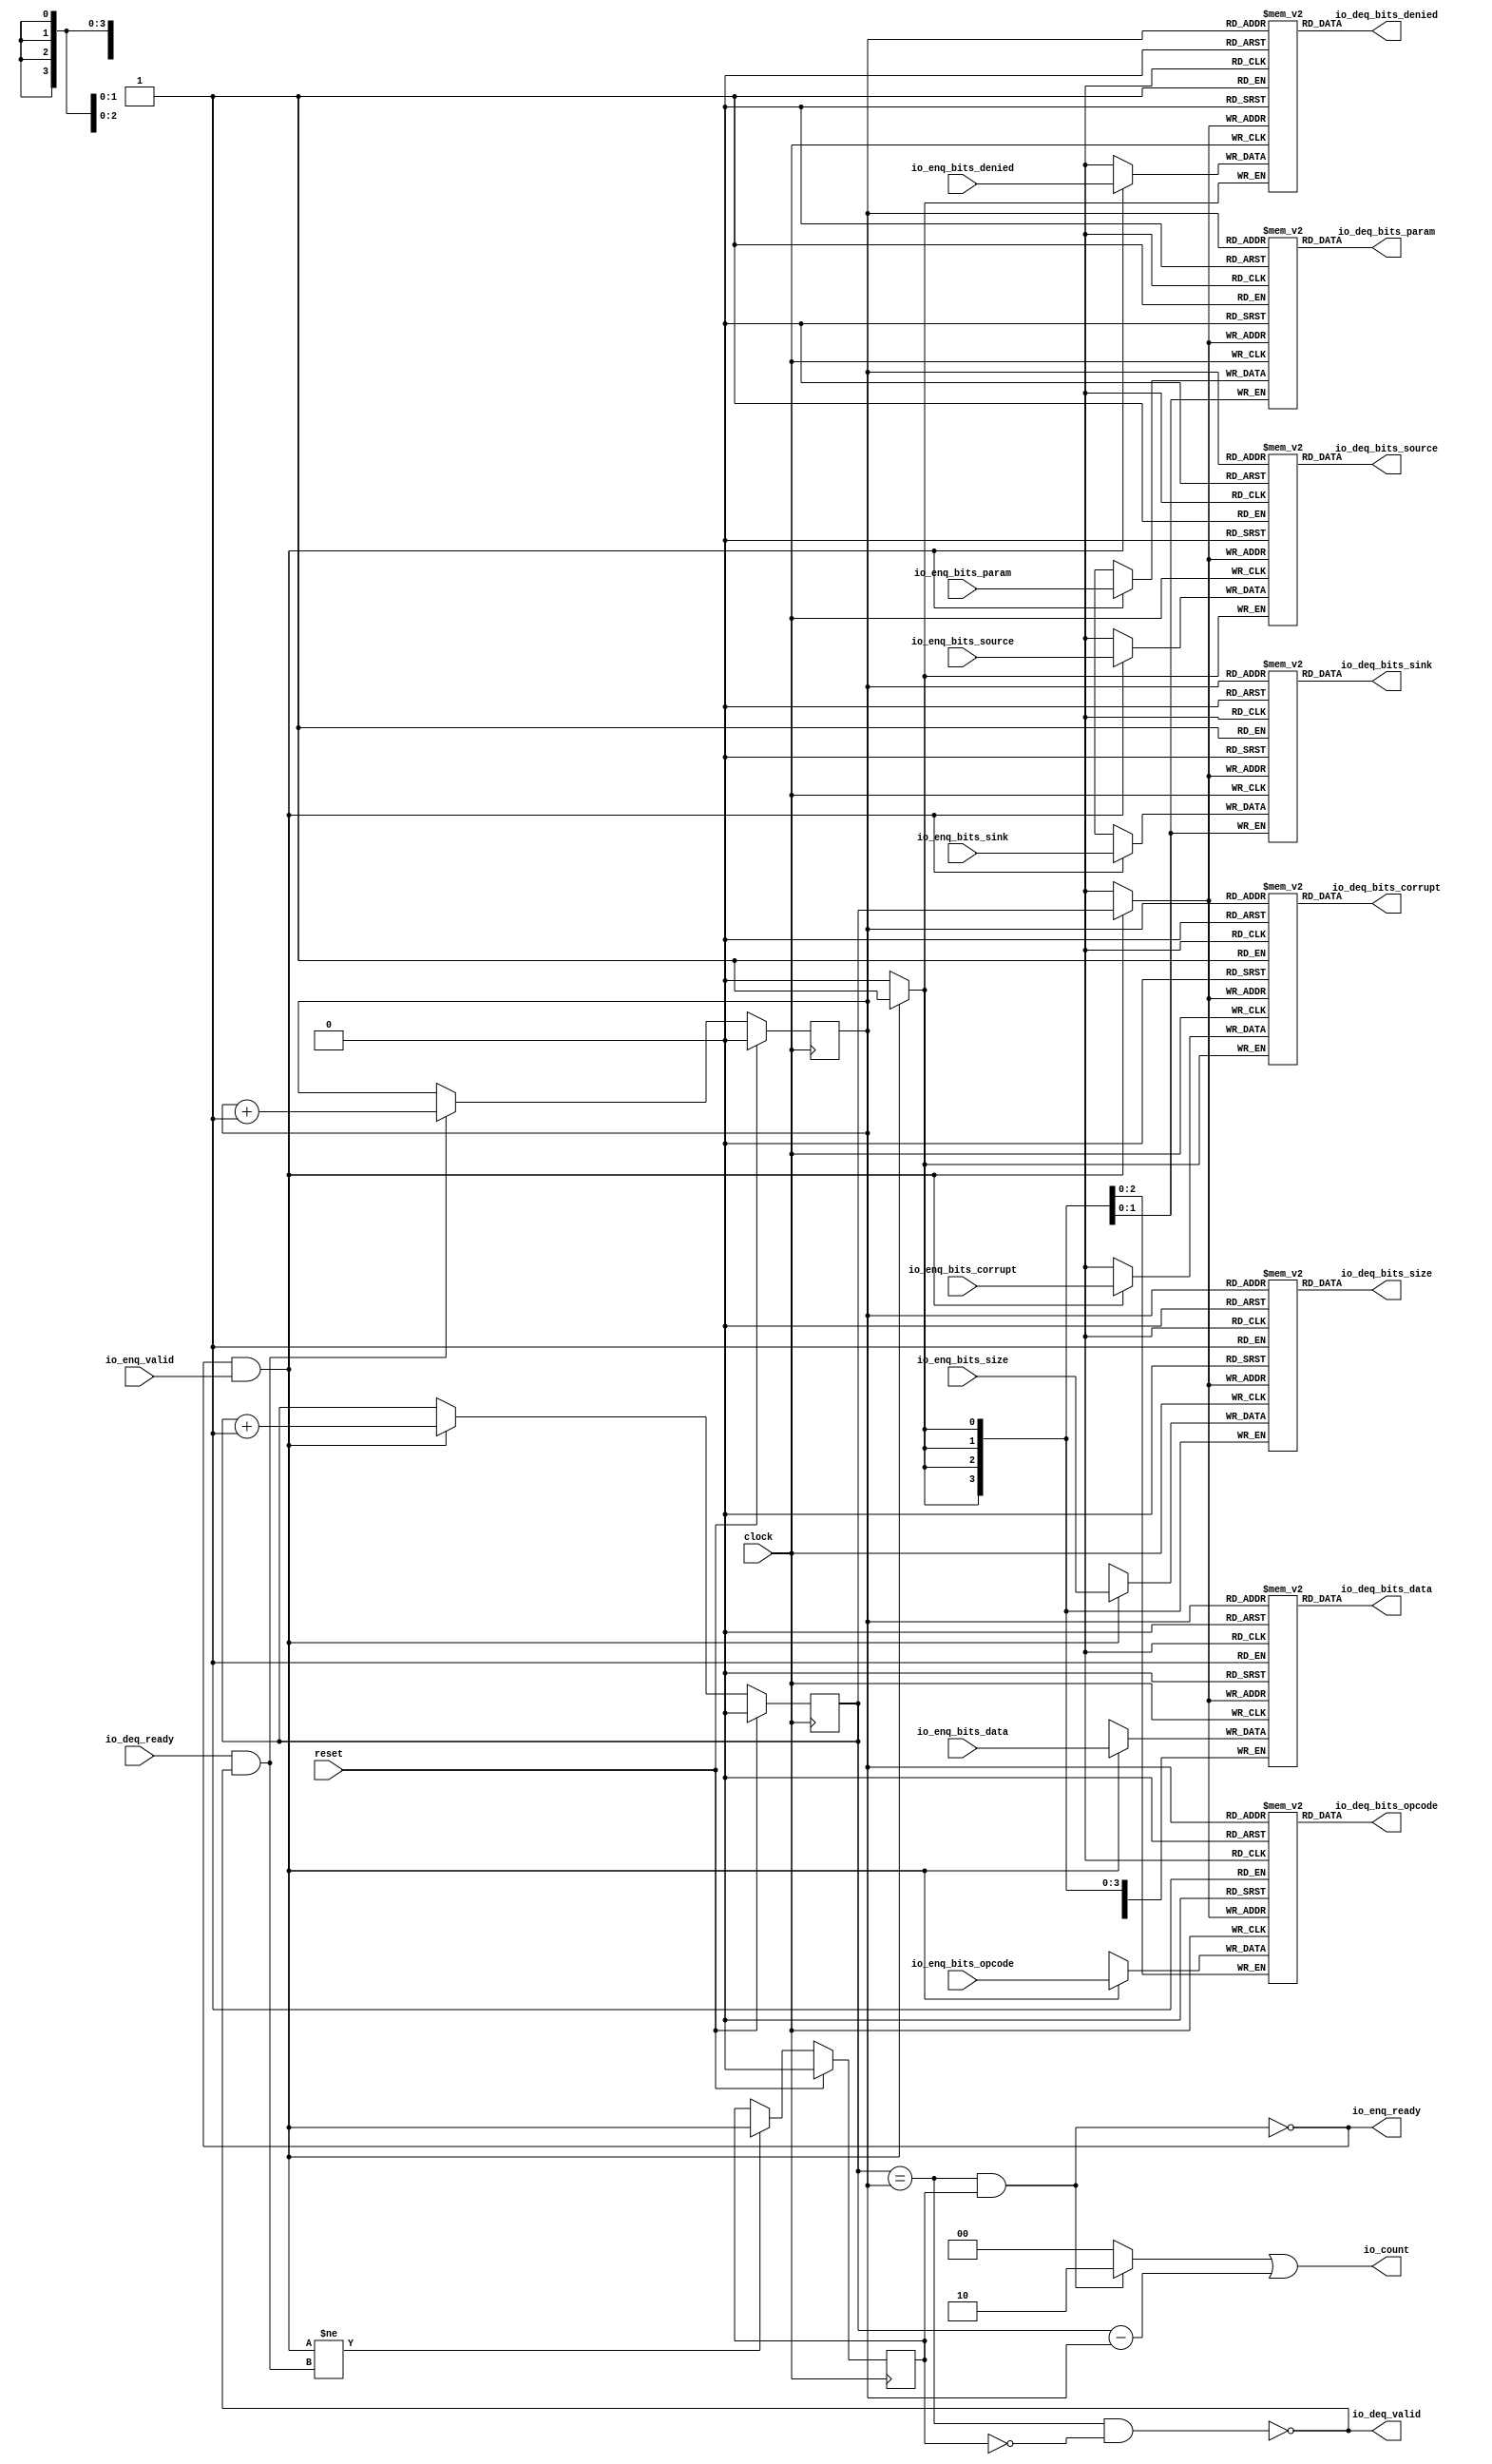
module Queue_7(
  input         clock,
  input         reset,
  output        io_enq_ready,
  input         io_enq_valid,
  input  [2:0]  io_enq_bits_opcode,
  input  [1:0]  io_enq_bits_param,
  input  [3:0]  io_enq_bits_size,
  input         io_enq_bits_source,
  input  [1:0]  io_enq_bits_sink,
  input         io_enq_bits_denied,
  input  [63:0] io_enq_bits_data,
  input         io_enq_bits_corrupt,
  input         io_deq_ready,
  output        io_deq_valid,
  output [2:0]  io_deq_bits_opcode,
  output [1:0]  io_deq_bits_param,
  output [3:0]  io_deq_bits_size,
  output        io_deq_bits_source,
  output [1:0]  io_deq_bits_sink,
  output        io_deq_bits_denied,
  output [63:0] io_deq_bits_data,
  output        io_deq_bits_corrupt,
  output [1:0]  io_count
);
`ifdef RANDOMIZE_MEM_INIT
  reg [31:0] _RAND_0;
  reg [31:0] _RAND_1;
  reg [31:0] _RAND_2;
  reg [31:0] _RAND_3;
  reg [31:0] _RAND_4;
  reg [31:0] _RAND_5;
  reg [63:0] _RAND_6;
  reg [31:0] _RAND_7;
`endif // RANDOMIZE_MEM_INIT
`ifdef RANDOMIZE_REG_INIT
  reg [31:0] _RAND_8;
  reg [31:0] _RAND_9;
  reg [31:0] _RAND_10;
`endif // RANDOMIZE_REG_INIT
  reg [2:0] ram_opcode [0:1]; // @[Decoupled.scala 218:16]
  wire [2:0] ram_opcode_io_deq_bits_MPORT_data; // @[Decoupled.scala 218:16]
  wire  ram_opcode_io_deq_bits_MPORT_addr; // @[Decoupled.scala 218:16]
  wire [2:0] ram_opcode_MPORT_data; // @[Decoupled.scala 218:16]
  wire  ram_opcode_MPORT_addr; // @[Decoupled.scala 218:16]
  wire  ram_opcode_MPORT_mask; // @[Decoupled.scala 218:16]
  wire  ram_opcode_MPORT_en; // @[Decoupled.scala 218:16]
  reg [1:0] ram_param [0:1]; // @[Decoupled.scala 218:16]
  wire [1:0] ram_param_io_deq_bits_MPORT_data; // @[Decoupled.scala 218:16]
  wire  ram_param_io_deq_bits_MPORT_addr; // @[Decoupled.scala 218:16]
  wire [1:0] ram_param_MPORT_data; // @[Decoupled.scala 218:16]
  wire  ram_param_MPORT_addr; // @[Decoupled.scala 218:16]
  wire  ram_param_MPORT_mask; // @[Decoupled.scala 218:16]
  wire  ram_param_MPORT_en; // @[Decoupled.scala 218:16]
  reg [3:0] ram_size [0:1]; // @[Decoupled.scala 218:16]
  wire [3:0] ram_size_io_deq_bits_MPORT_data; // @[Decoupled.scala 218:16]
  wire  ram_size_io_deq_bits_MPORT_addr; // @[Decoupled.scala 218:16]
  wire [3:0] ram_size_MPORT_data; // @[Decoupled.scala 218:16]
  wire  ram_size_MPORT_addr; // @[Decoupled.scala 218:16]
  wire  ram_size_MPORT_mask; // @[Decoupled.scala 218:16]
  wire  ram_size_MPORT_en; // @[Decoupled.scala 218:16]
  reg  ram_source [0:1]; // @[Decoupled.scala 218:16]
  wire  ram_source_io_deq_bits_MPORT_data; // @[Decoupled.scala 218:16]
  wire  ram_source_io_deq_bits_MPORT_addr; // @[Decoupled.scala 218:16]
  wire  ram_source_MPORT_data; // @[Decoupled.scala 218:16]
  wire  ram_source_MPORT_addr; // @[Decoupled.scala 218:16]
  wire  ram_source_MPORT_mask; // @[Decoupled.scala 218:16]
  wire  ram_source_MPORT_en; // @[Decoupled.scala 218:16]
  reg [1:0] ram_sink [0:1]; // @[Decoupled.scala 218:16]
  wire [1:0] ram_sink_io_deq_bits_MPORT_data; // @[Decoupled.scala 218:16]
  wire  ram_sink_io_deq_bits_MPORT_addr; // @[Decoupled.scala 218:16]
  wire [1:0] ram_sink_MPORT_data; // @[Decoupled.scala 218:16]
  wire  ram_sink_MPORT_addr; // @[Decoupled.scala 218:16]
  wire  ram_sink_MPORT_mask; // @[Decoupled.scala 218:16]
  wire  ram_sink_MPORT_en; // @[Decoupled.scala 218:16]
  reg  ram_denied [0:1]; // @[Decoupled.scala 218:16]
  wire  ram_denied_io_deq_bits_MPORT_data; // @[Decoupled.scala 218:16]
  wire  ram_denied_io_deq_bits_MPORT_addr; // @[Decoupled.scala 218:16]
  wire  ram_denied_MPORT_data; // @[Decoupled.scala 218:16]
  wire  ram_denied_MPORT_addr; // @[Decoupled.scala 218:16]
  wire  ram_denied_MPORT_mask; // @[Decoupled.scala 218:16]
  wire  ram_denied_MPORT_en; // @[Decoupled.scala 218:16]
  reg [63:0] ram_data [0:1]; // @[Decoupled.scala 218:16]
  wire [63:0] ram_data_io_deq_bits_MPORT_data; // @[Decoupled.scala 218:16]
  wire  ram_data_io_deq_bits_MPORT_addr; // @[Decoupled.scala 218:16]
  wire [63:0] ram_data_MPORT_data; // @[Decoupled.scala 218:16]
  wire  ram_data_MPORT_addr; // @[Decoupled.scala 218:16]
  wire  ram_data_MPORT_mask; // @[Decoupled.scala 218:16]
  wire  ram_data_MPORT_en; // @[Decoupled.scala 218:16]
  reg  ram_corrupt [0:1]; // @[Decoupled.scala 218:16]
  wire  ram_corrupt_io_deq_bits_MPORT_data; // @[Decoupled.scala 218:16]
  wire  ram_corrupt_io_deq_bits_MPORT_addr; // @[Decoupled.scala 218:16]
  wire  ram_corrupt_MPORT_data; // @[Decoupled.scala 218:16]
  wire  ram_corrupt_MPORT_addr; // @[Decoupled.scala 218:16]
  wire  ram_corrupt_MPORT_mask; // @[Decoupled.scala 218:16]
  wire  ram_corrupt_MPORT_en; // @[Decoupled.scala 218:16]
  reg  value; // @[Counter.scala 60:40]
  reg  value_1; // @[Counter.scala 60:40]
  reg  maybe_full; // @[Decoupled.scala 221:27]
  wire  ptr_match = value == value_1; // @[Decoupled.scala 223:33]
  wire  empty = ptr_match & ~maybe_full; // @[Decoupled.scala 224:25]
  wire  full = ptr_match & maybe_full; // @[Decoupled.scala 225:24]
  wire  do_enq = io_enq_ready & io_enq_valid; // @[Decoupled.scala 40:37]
  wire  do_deq = io_deq_ready & io_deq_valid; // @[Decoupled.scala 40:37]
  wire  ptr_diff = value - value_1; // @[Decoupled.scala 257:32]
  wire [1:0] _io_count_T_1 = maybe_full & ptr_match ? 2'h2 : 2'h0; // @[Decoupled.scala 259:20]
  wire [1:0] _GEN_15 = {{1'd0}, ptr_diff}; // @[Decoupled.scala 259:62]
  assign ram_opcode_io_deq_bits_MPORT_addr = value_1;
  assign ram_opcode_io_deq_bits_MPORT_data = ram_opcode[ram_opcode_io_deq_bits_MPORT_addr]; // @[Decoupled.scala 218:16]
  assign ram_opcode_MPORT_data = io_enq_bits_opcode;
  assign ram_opcode_MPORT_addr = value;
  assign ram_opcode_MPORT_mask = 1'h1;
  assign ram_opcode_MPORT_en = io_enq_ready & io_enq_valid;
  assign ram_param_io_deq_bits_MPORT_addr = value_1;
  assign ram_param_io_deq_bits_MPORT_data = ram_param[ram_param_io_deq_bits_MPORT_addr]; // @[Decoupled.scala 218:16]
  assign ram_param_MPORT_data = io_enq_bits_param;
  assign ram_param_MPORT_addr = value;
  assign ram_param_MPORT_mask = 1'h1;
  assign ram_param_MPORT_en = io_enq_ready & io_enq_valid;
  assign ram_size_io_deq_bits_MPORT_addr = value_1;
  assign ram_size_io_deq_bits_MPORT_data = ram_size[ram_size_io_deq_bits_MPORT_addr]; // @[Decoupled.scala 218:16]
  assign ram_size_MPORT_data = io_enq_bits_size;
  assign ram_size_MPORT_addr = value;
  assign ram_size_MPORT_mask = 1'h1;
  assign ram_size_MPORT_en = io_enq_ready & io_enq_valid;
  assign ram_source_io_deq_bits_MPORT_addr = value_1;
  assign ram_source_io_deq_bits_MPORT_data = ram_source[ram_source_io_deq_bits_MPORT_addr]; // @[Decoupled.scala 218:16]
  assign ram_source_MPORT_data = io_enq_bits_source;
  assign ram_source_MPORT_addr = value;
  assign ram_source_MPORT_mask = 1'h1;
  assign ram_source_MPORT_en = io_enq_ready & io_enq_valid;
  assign ram_sink_io_deq_bits_MPORT_addr = value_1;
  assign ram_sink_io_deq_bits_MPORT_data = ram_sink[ram_sink_io_deq_bits_MPORT_addr]; // @[Decoupled.scala 218:16]
  assign ram_sink_MPORT_data = io_enq_bits_sink;
  assign ram_sink_MPORT_addr = value;
  assign ram_sink_MPORT_mask = 1'h1;
  assign ram_sink_MPORT_en = io_enq_ready & io_enq_valid;
  assign ram_denied_io_deq_bits_MPORT_addr = value_1;
  assign ram_denied_io_deq_bits_MPORT_data = ram_denied[ram_denied_io_deq_bits_MPORT_addr]; // @[Decoupled.scala 218:16]
  assign ram_denied_MPORT_data = io_enq_bits_denied;
  assign ram_denied_MPORT_addr = value;
  assign ram_denied_MPORT_mask = 1'h1;
  assign ram_denied_MPORT_en = io_enq_ready & io_enq_valid;
  assign ram_data_io_deq_bits_MPORT_addr = value_1;
  assign ram_data_io_deq_bits_MPORT_data = ram_data[ram_data_io_deq_bits_MPORT_addr]; // @[Decoupled.scala 218:16]
  assign ram_data_MPORT_data = io_enq_bits_data;
  assign ram_data_MPORT_addr = value;
  assign ram_data_MPORT_mask = 1'h1;
  assign ram_data_MPORT_en = io_enq_ready & io_enq_valid;
  assign ram_corrupt_io_deq_bits_MPORT_addr = value_1;
  assign ram_corrupt_io_deq_bits_MPORT_data = ram_corrupt[ram_corrupt_io_deq_bits_MPORT_addr]; // @[Decoupled.scala 218:16]
  assign ram_corrupt_MPORT_data = io_enq_bits_corrupt;
  assign ram_corrupt_MPORT_addr = value;
  assign ram_corrupt_MPORT_mask = 1'h1;
  assign ram_corrupt_MPORT_en = io_enq_ready & io_enq_valid;
  assign io_enq_ready = ~full; // @[Decoupled.scala 241:19]
  assign io_deq_valid = ~empty; // @[Decoupled.scala 240:19]
  assign io_deq_bits_opcode = ram_opcode_io_deq_bits_MPORT_data; // @[Decoupled.scala 242:15]
  assign io_deq_bits_param = ram_param_io_deq_bits_MPORT_data; // @[Decoupled.scala 242:15]
  assign io_deq_bits_size = ram_size_io_deq_bits_MPORT_data; // @[Decoupled.scala 242:15]
  assign io_deq_bits_source = ram_source_io_deq_bits_MPORT_data; // @[Decoupled.scala 242:15]
  assign io_deq_bits_sink = ram_sink_io_deq_bits_MPORT_data; // @[Decoupled.scala 242:15]
  assign io_deq_bits_denied = ram_denied_io_deq_bits_MPORT_data; // @[Decoupled.scala 242:15]
  assign io_deq_bits_data = ram_data_io_deq_bits_MPORT_data; // @[Decoupled.scala 242:15]
  assign io_deq_bits_corrupt = ram_corrupt_io_deq_bits_MPORT_data; // @[Decoupled.scala 242:15]
  assign io_count = _io_count_T_1 | _GEN_15; // @[Decoupled.scala 259:62]
  always @(posedge clock) begin
    if(ram_opcode_MPORT_en & ram_opcode_MPORT_mask) begin
      ram_opcode[ram_opcode_MPORT_addr] <= ram_opcode_MPORT_data; // @[Decoupled.scala 218:16]
    end
    if(ram_param_MPORT_en & ram_param_MPORT_mask) begin
      ram_param[ram_param_MPORT_addr] <= ram_param_MPORT_data; // @[Decoupled.scala 218:16]
    end
    if(ram_size_MPORT_en & ram_size_MPORT_mask) begin
      ram_size[ram_size_MPORT_addr] <= ram_size_MPORT_data; // @[Decoupled.scala 218:16]
    end
    if(ram_source_MPORT_en & ram_source_MPORT_mask) begin
      ram_source[ram_source_MPORT_addr] <= ram_source_MPORT_data; // @[Decoupled.scala 218:16]
    end
    if(ram_sink_MPORT_en & ram_sink_MPORT_mask) begin
      ram_sink[ram_sink_MPORT_addr] <= ram_sink_MPORT_data; // @[Decoupled.scala 218:16]
    end
    if(ram_denied_MPORT_en & ram_denied_MPORT_mask) begin
      ram_denied[ram_denied_MPORT_addr] <= ram_denied_MPORT_data; // @[Decoupled.scala 218:16]
    end
    if(ram_data_MPORT_en & ram_data_MPORT_mask) begin
      ram_data[ram_data_MPORT_addr] <= ram_data_MPORT_data; // @[Decoupled.scala 218:16]
    end
    if(ram_corrupt_MPORT_en & ram_corrupt_MPORT_mask) begin
      ram_corrupt[ram_corrupt_MPORT_addr] <= ram_corrupt_MPORT_data; // @[Decoupled.scala 218:16]
    end
    if (reset) begin // @[Counter.scala 60:40]
      value <= 1'h0; // @[Counter.scala 60:40]
    end else if (do_enq) begin // @[Decoupled.scala 229:17]
      value <= value + 1'h1; // @[Counter.scala 76:15]
    end
    if (reset) begin // @[Counter.scala 60:40]
      value_1 <= 1'h0; // @[Counter.scala 60:40]
    end else if (do_deq) begin // @[Decoupled.scala 233:17]
      value_1 <= value_1 + 1'h1; // @[Counter.scala 76:15]
    end
    if (reset) begin // @[Decoupled.scala 221:27]
      maybe_full <= 1'h0; // @[Decoupled.scala 221:27]
    end else if (do_enq != do_deq) begin // @[Decoupled.scala 236:28]
      maybe_full <= do_enq; // @[Decoupled.scala 237:16]
    end
  end
// Register and memory initialization
`ifdef RANDOMIZE_GARBAGE_ASSIGN
`define RANDOMIZE
`endif
`ifdef RANDOMIZE_INVALID_ASSIGN
`define RANDOMIZE
`endif
`ifdef RANDOMIZE_REG_INIT
`define RANDOMIZE
`endif
`ifdef RANDOMIZE_MEM_INIT
`define RANDOMIZE
`endif
`ifndef RANDOM
`define RANDOM $random
`endif
`ifdef RANDOMIZE_MEM_INIT
  integer initvar;
`endif
`ifndef SYNTHESIS
`ifdef FIRRTL_BEFORE_INITIAL
`FIRRTL_BEFORE_INITIAL
`endif
initial begin
  `ifdef RANDOMIZE
    `ifdef INIT_RANDOM
      `INIT_RANDOM
    `endif
    `ifndef VERILATOR
      `ifdef RANDOMIZE_DELAY
        #`RANDOMIZE_DELAY begin end
      `else
        #0.002 begin end
      `endif
    `endif
`ifdef RANDOMIZE_MEM_INIT
  _RAND_0 = {1{`RANDOM}};
  for (initvar = 0; initvar < 2; initvar = initvar+1)
    ram_opcode[initvar] = _RAND_0[2:0];
  _RAND_1 = {1{`RANDOM}};
  for (initvar = 0; initvar < 2; initvar = initvar+1)
    ram_param[initvar] = _RAND_1[1:0];
  _RAND_2 = {1{`RANDOM}};
  for (initvar = 0; initvar < 2; initvar = initvar+1)
    ram_size[initvar] = _RAND_2[3:0];
  _RAND_3 = {1{`RANDOM}};
  for (initvar = 0; initvar < 2; initvar = initvar+1)
    ram_source[initvar] = _RAND_3[0:0];
  _RAND_4 = {1{`RANDOM}};
  for (initvar = 0; initvar < 2; initvar = initvar+1)
    ram_sink[initvar] = _RAND_4[1:0];
  _RAND_5 = {1{`RANDOM}};
  for (initvar = 0; initvar < 2; initvar = initvar+1)
    ram_denied[initvar] = _RAND_5[0:0];
  _RAND_6 = {2{`RANDOM}};
  for (initvar = 0; initvar < 2; initvar = initvar+1)
    ram_data[initvar] = _RAND_6[63:0];
  _RAND_7 = {1{`RANDOM}};
  for (initvar = 0; initvar < 2; initvar = initvar+1)
    ram_corrupt[initvar] = _RAND_7[0:0];
`endif // RANDOMIZE_MEM_INIT
`ifdef RANDOMIZE_REG_INIT
  _RAND_8 = {1{`RANDOM}};
  value = _RAND_8[0:0];
  _RAND_9 = {1{`RANDOM}};
  value_1 = _RAND_9[0:0];
  _RAND_10 = {1{`RANDOM}};
  maybe_full = _RAND_10[0:0];
`endif // RANDOMIZE_REG_INIT
  `endif // RANDOMIZE
end // initial
`ifdef FIRRTL_AFTER_INITIAL
`FIRRTL_AFTER_INITIAL
`endif
`endif // SYNTHESIS
endmodule